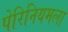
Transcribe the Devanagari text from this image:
पेरिनियमला